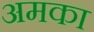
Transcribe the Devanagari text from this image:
अमका